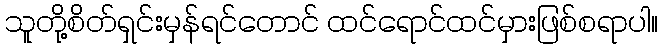
သူတို့စိတ်ရှင်းမှန်ရင်တောင် ထင်ရောင်ထင်မှားဖြစ်စရာပါ။